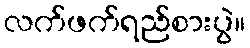
လက်ဖက်ရည်စားပွဲ။